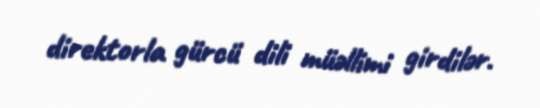
direktorla gürcü dili müəllimi girdilər.